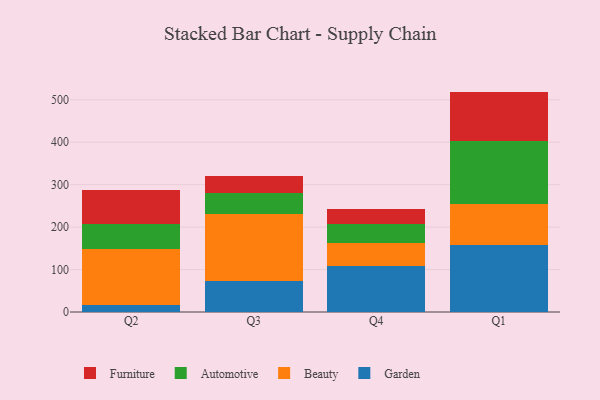
{"axis": {"x": "Quarter", "y": "Inventory Turnover"}, "legend": ["Automotive", "Beauty", "Furniture", "Garden"], "data": [{"x": "Q2", "y": 15.7, "type": "Garden"}, {"x": "Q2", "y": 132.2, "type": "Beauty"}, {"x": "Q2", "y": 58.7, "type": "Automotive"}, {"x": "Q2", "y": 81.5, "type": "Furniture"}, {"x": "Q3", "y": 74.0, "type": "Garden"}, {"x": "Q3", "y": 157.8, "type": "Beauty"}, {"x": "Q3", "y": 48.9, "type": "Automotive"}, {"x": "Q3", "y": 39.0, "type": "Furniture"}, {"x": "Q4", "y": 108.2, "type": "Garden"}, {"x": "Q4", "y": 53.3, "type": "Beauty"}, {"x": "Q4", "y": 46.0, "type": "Automotive"}, {"x": "Q4", "y": 34.3, "type": "Furniture"}, {"x": "Q1", "y": 157.2, "type": "Garden"}, {"x": "Q1", "y": 96.7, "type": "Beauty"}, {"x": "Q1", "y": 149.7, "type": "Automotive"}, {"x": "Q1", "y": 115.6, "type": "Furniture"}]}